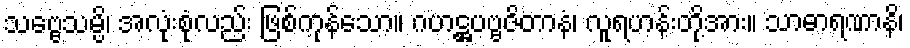
သဗ္ဗေသမ္ပိ၊ အလုံးစုံလည်း ဖြစ်ကုန်သော။ ဂဟဋ္ဌပဗ္ဗဇိတာနံ၊ လူရဟန်းတို့အား။ သာဓာရဏာနိ၊